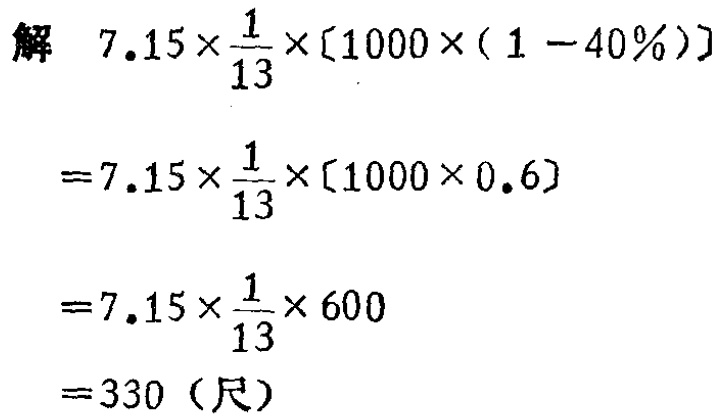
解

\[

\begin{align*}

&7.15\times\frac{1}{13}\times[1000\times(1 - 40\%)]\\

=&7.15\times\frac{1}{13}\times[1000\times0.6]\\

=&7.15\times\frac{1}{13}\times600\\

=&330 \text{（尺）}

\end{align*}

\]